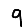
Digit: 9